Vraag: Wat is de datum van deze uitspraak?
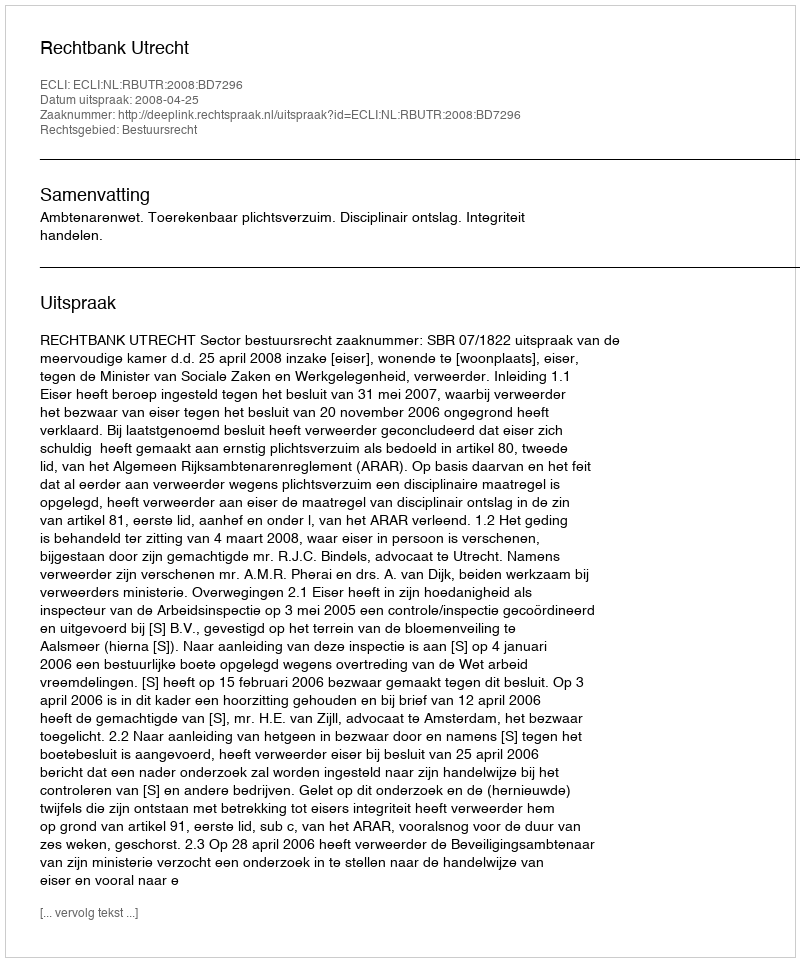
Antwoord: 2008-04-25